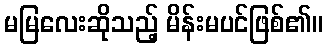
မမြလေးဆိုသည့် မိန်းမပင်ဖြစ်၏။